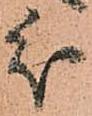
分